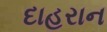
દાહરાન